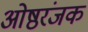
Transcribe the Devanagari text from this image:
ओष्ठरंजक